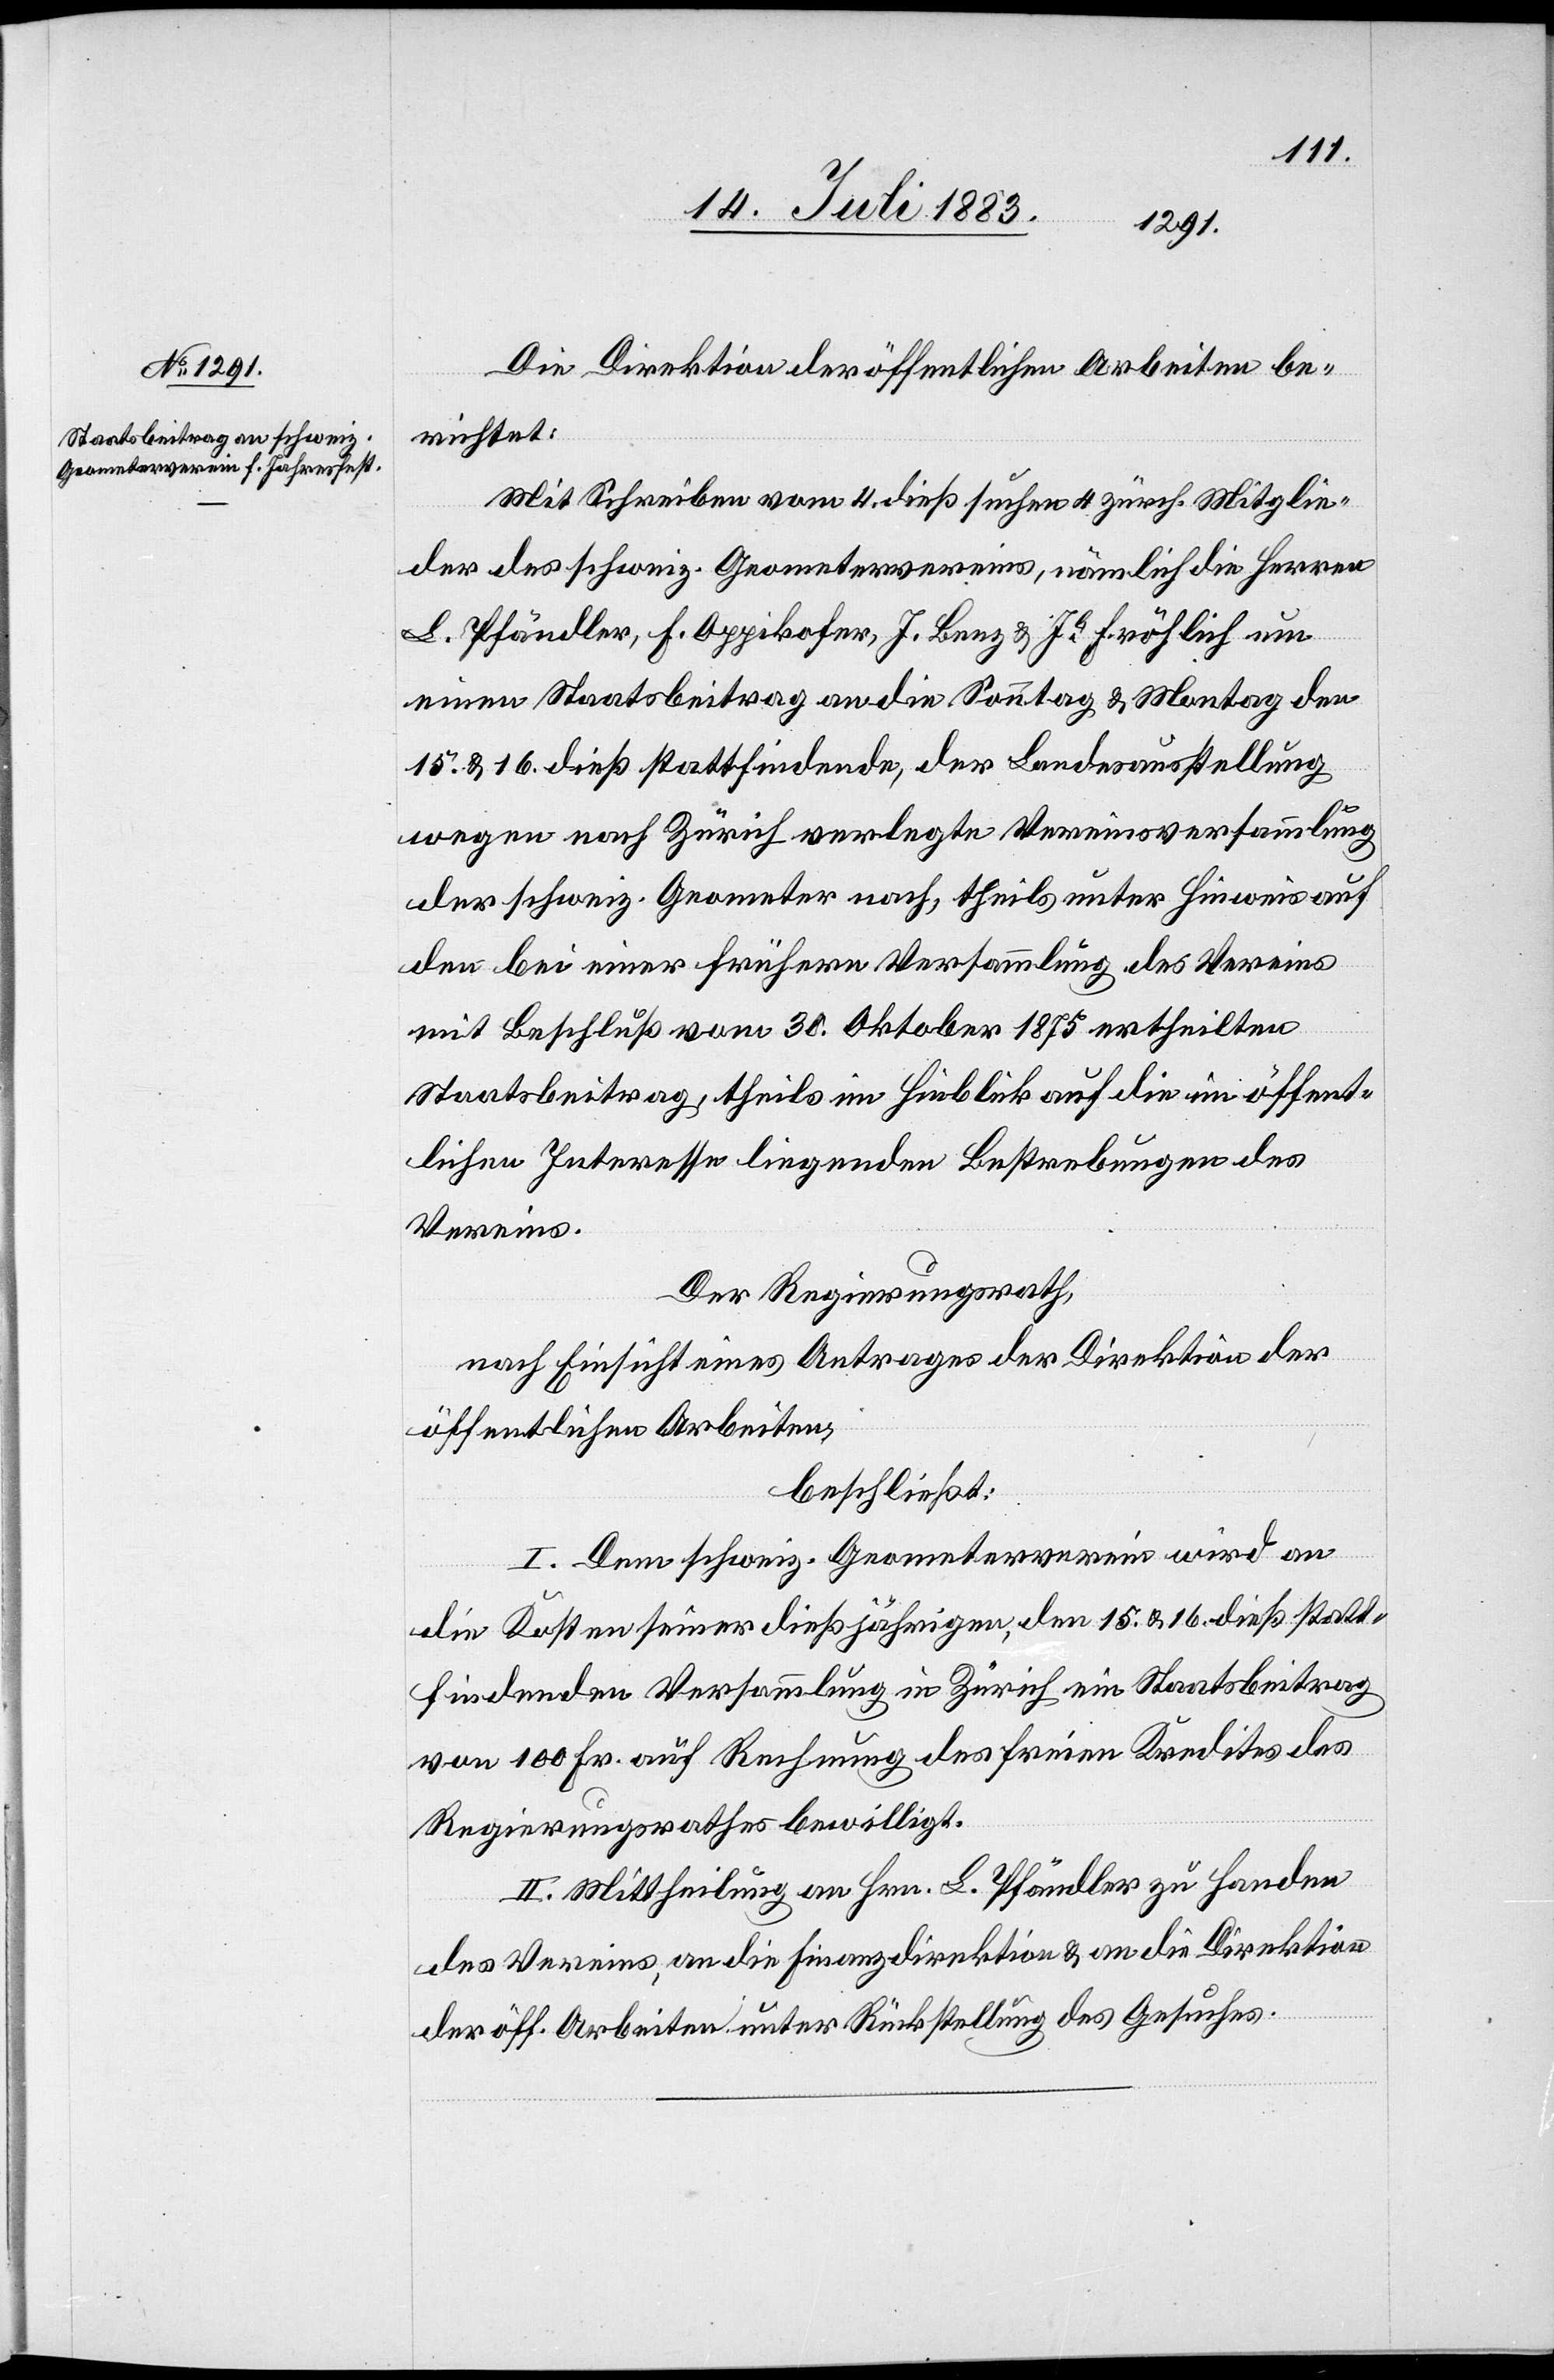
Die Direktion der öffentlichen Arbeiten be¬
richtet:
Mit Schreiben vom 4 dieß suchen 4 zürch. Mitglie¬
der des schweiz. Geometervereins, nämlich die Herren
L. Pfändler, F. Apprikofer, J. Benz & Jb. Fröhlich um
einen Staatsbeitrag an die Sonntag & Montag den
15. & 16. dieß stattfindende, der Landesausstellung
wegen nach Zürich verlegte Vereinsversammlung
der schweiz. Geometer nach, theils unter Hinweis auf
den bei einer frühern Versammlung des Vereins
mit Beschluß vom 30. Oktober 1875 ertheilten
Staatsbeitrag, theils im Hinblick auf die im öffent¬
lichen Interesse liegenden Bestrebungen des
Vereins.
Der Regierungsrath,
nach Einsicht eines Antrages der Direktion der
öffentlichen Arbeiten,
beschließt:
I. Dem schweiz. Geometerverein wird an
die Kosten seiner dießjährigen, den 15. & 16. dieß statt¬
findenden Versammlung in Zürich ein Staatsbeitrag
von 100 Fr. auf Rechnung des freien Kredits des
Regierungsrathes bewilligt.
II. Mittheilung an Hrn. L. Pfändler zu Handen
des Vereins, an die Finanzdirektion & an die Direktion
der öff. Arbeiten unter Rückstellung des Gesuches.